Civil Veterinary Department. Madras. Admin. report 1926-33 - 1926-1933
Year: 1926
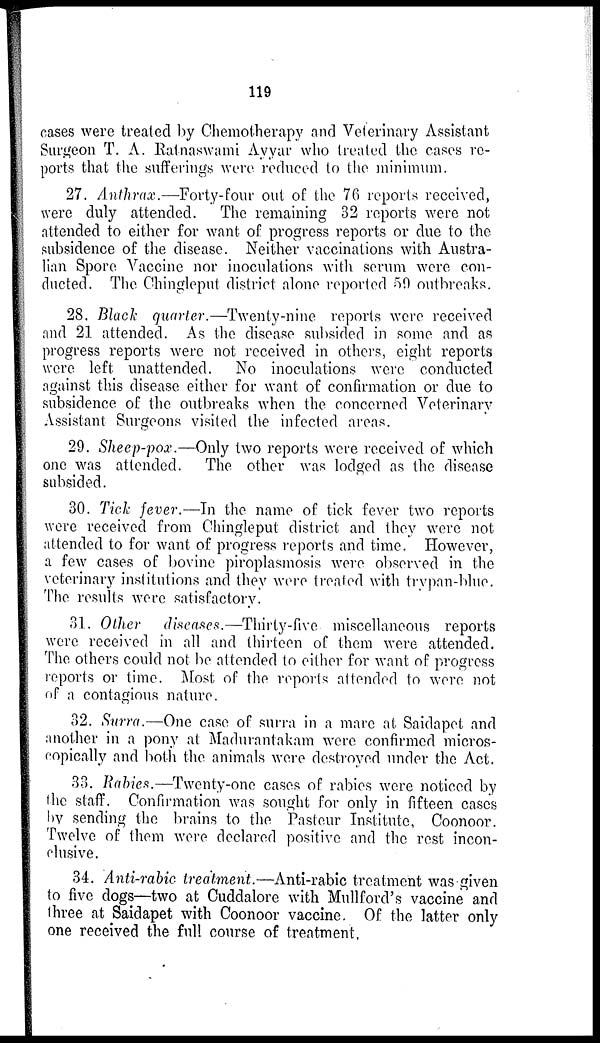
119
cases were treated by Chemotherapy and Veterinary Assistant
Surgeon T. A. Ratnaswami Ayyar who treated the cases re-
ports that the sufferings were reduced to the minimum.
27. Anthrax.—Forty-four out of the 76 reports received,
were duly attended. The remaining 32 reports were not
attended to either for want of progress reports or due to the
subsidence of the disease. Neither vaccinations with Austra-
lian Spore Vaccine nor inoculations with serum were con-
ducted. The Chingleput district alone reported 59 outbreaks.
28. Black quarter.—Twenty-nine reports were received
and 21 attended. As the disease subsided in some and as
progress reports were not received in others, eight reports
were left unattended. No inoculations were conducted
against this disease either for want of confirmation or due to
subsidence of the outbreaks when the concerned Veterinary
Assistant Surgeons visited the infected areas.
29. Sheep-pox.—Only two reports were received of which
one was attended. The other was lodged as the disease
subsided.
30. Tick fever.—In the name of tick fever two reports
were received from Chingleput district and they were not
attended to for want of progress reports and time. However,
a few cases of bovine piroplasmosis were observed in the
veterinary institutions and they were treated with trypan-blue.
The results were satisfactory.
31. Other diseases.—Thirty-five miscellaneous reports
were received in all and thirteen of them were attended.
The others could not be attended to either for want of progress
reports or time. Most of the reports attended to were not
of a contagious nature.
32. Surra.—One case of surra in a mare at Saidapet and
another in a pony at Madurantakam were confirmed micros-
copically and both the animals were destroyed under the Act.
33. Rabies.—Twenty-one cases of rabies were noticed by
the staff. Confirmation was sought for only in fifteen cases
by sending the brains to the Pasteur Institute, Coonoor.
Twelve of them were declared positive and the rest incon-
clusive.
34. Anti-rabic treatment.—Anti-rabic treatment was given
to five dogs—two at Cuddalore with Mullford's vaccine and
three at Saidapet with Coonoor vaccine. Of the latter only
one received the full course of treatment.